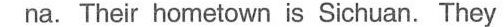
na. Their hometown is Sichuan. They